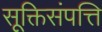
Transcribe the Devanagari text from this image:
सूक्तिसंपत्ति